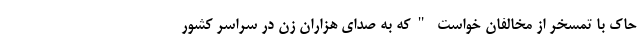
حاک با تمسخر از مخالفان خواست "که به صدای هزاران زن در سراسر کشور